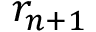
r _ { n + 1 }